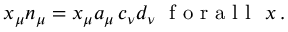
x _ { \mu } n _ { \mu } = x _ { \mu } a _ { \mu } \, c _ { \nu } d _ { \nu } \mathrm { ~ \ f ~ o ~ r ~ a ~ l ~ l ~ \ } x \, .